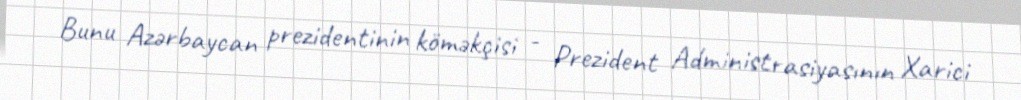
Bunu Azərbaycan prezidentinin köməkçisi - Prezident Administrasiyasının Xarici